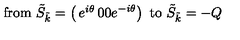
\mathrm { f r o m \ } \tilde { S } _ { \tilde { k } } = \left( \begin{matrix} { e ^ { i \theta } } & { 0 } \\ { 0 } & { e ^ { - i \theta } } \\ \end{matrix} \right) \mathrm { \ t o \ } \tilde { S } _ { \tilde { k } } = - Q